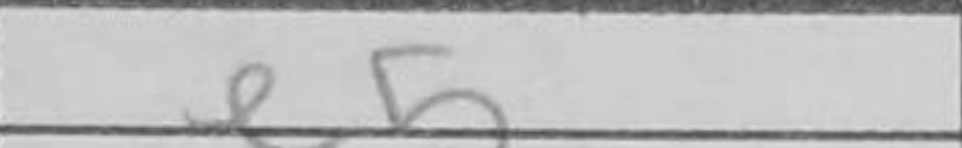
Transcription: e5